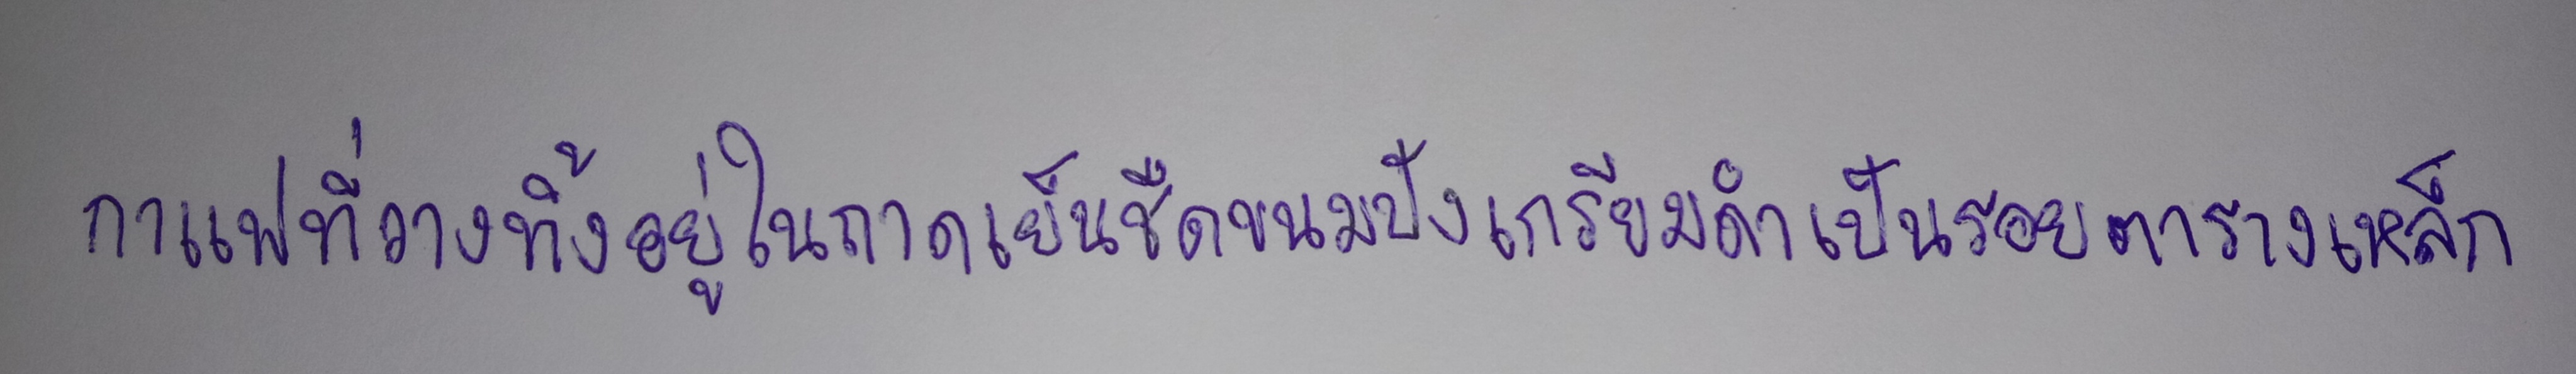
กาแฟที่วางทิ้งอยู่ในถาดเย็นชืดขนมปังเกรียมดำเป็นรอยตารางเหล็ก